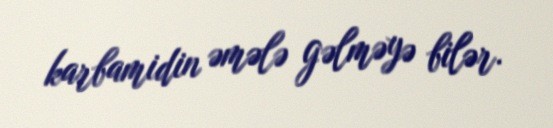
karbamidin əmələ gəlməyə bilər.